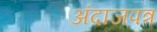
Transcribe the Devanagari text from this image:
अंदाजपत्र